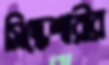
সিদ্ধেশ্বরীর